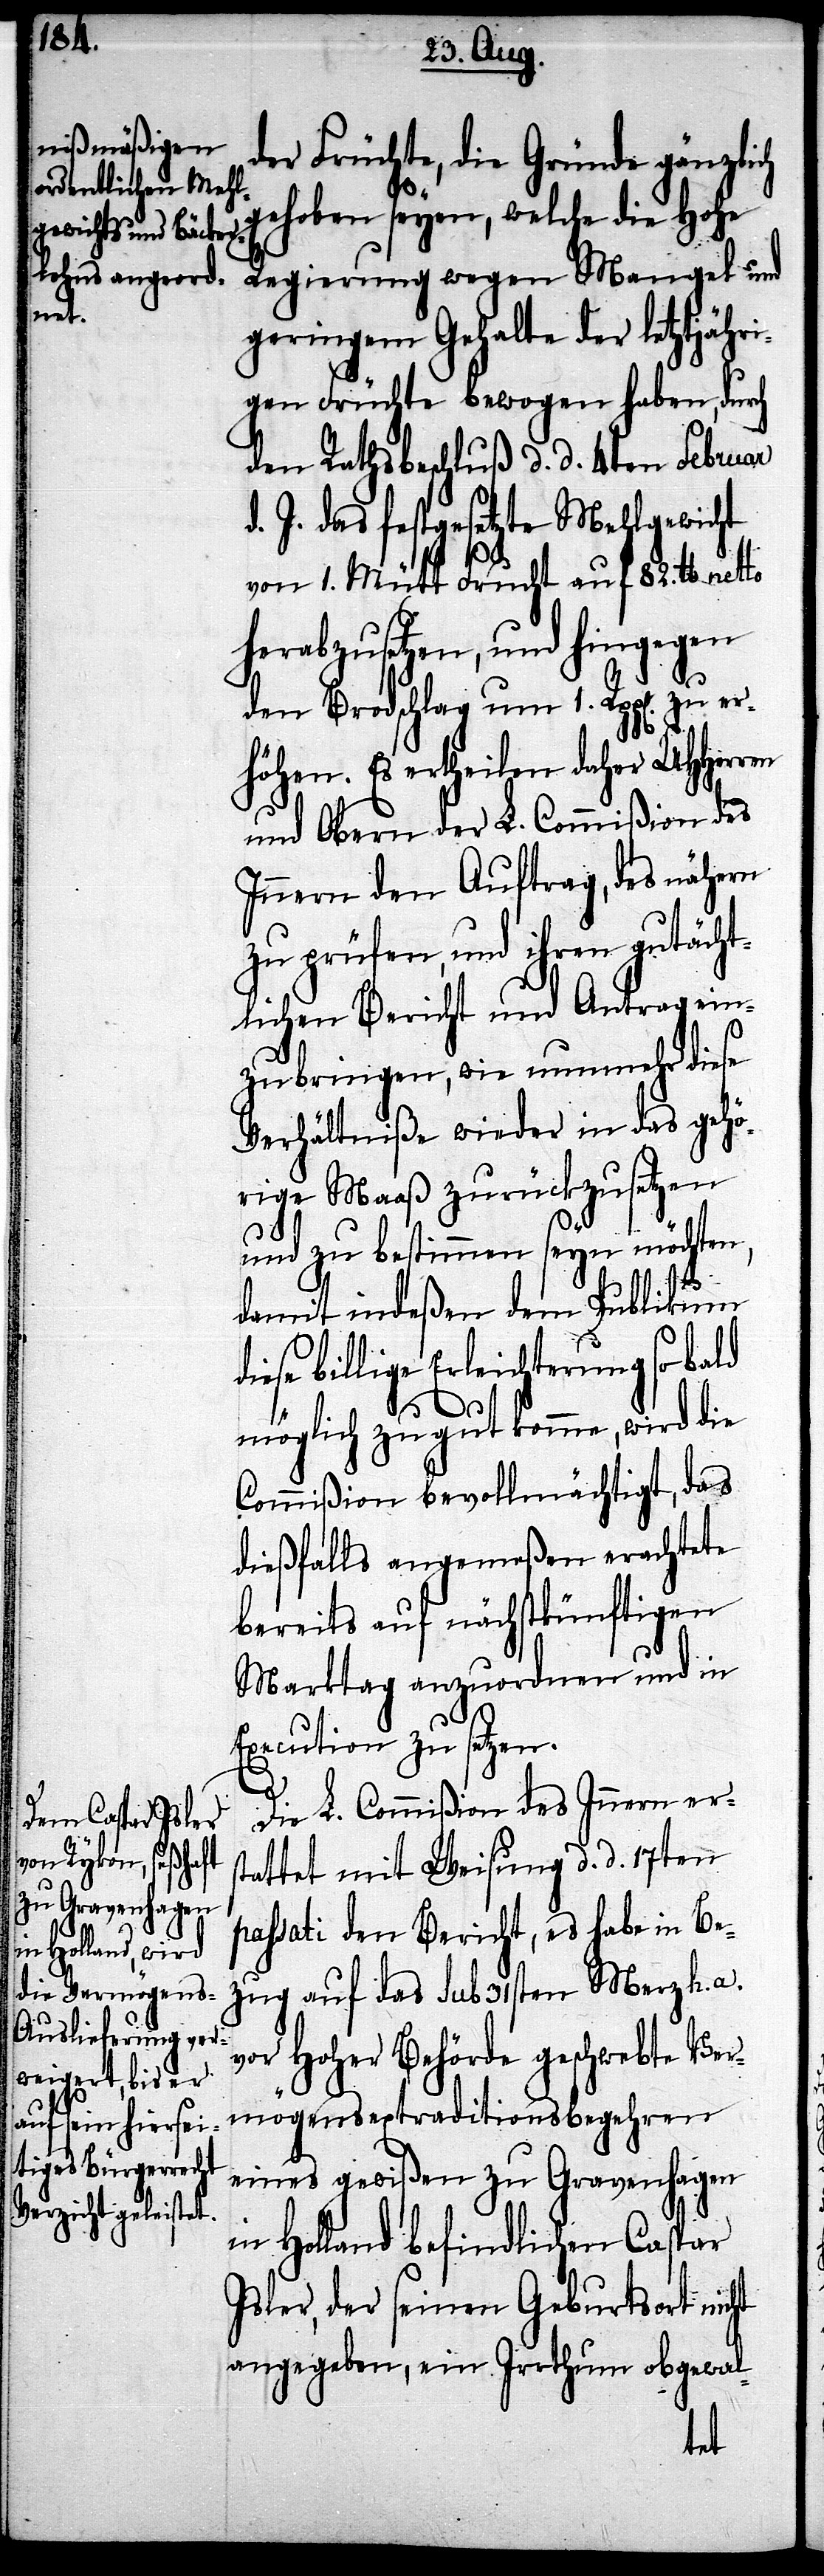
ren

der Früchte, die Gründe gänzlich
gehoben seyen, welche die Hohe
Regierung wegen Mangel und
geringem Gehalte der letztjähr¬
igen Früchte bewogen haben, durch
den Rathsbeschluß d. d. 4ten Februar
J. das festgesetzte Mehlgewicht
von 1. Mütt Frucht auf 82. lb. netto
herabzusetzen, und hingegen
den Brodschlag um 1. Rpp[en]. zu er¬
Es ertheilen daher UHHer¬
und Obern der L. Commißion des
Innern den Auftrag, des nähern
zu prüfen, und ihren gutächt¬
lichen Bericht und Antrag ein¬
zubringen, wie nunmehr diese
Verhältniße wieder in das gehö¬
rige Maaß zurückzusetzen
und zu bestimmen seyn möchten,
d.
damit indeßen dem Publikum
diese billige Erleichterung so bald
möglich zu gut komme, wird die
Commißion bevollmächtigt, das
dießfalls angemeßen erachtete
bereits auf nächstkünftigen
Markttag anzuordnen und in
Execution zu setzen.
Die L. Commißion des Innern ers¬
tattet mit Weisung d. d. 17ten
passati den Bericht, es habe in Be¬
zug auf das sub 31sten Merz h. a.
vor hoher Behörde geschwebte Ver¬
mögensextraditionsbegehren
eines gewißen zu Gravenhagen
in Holland befindlichen Caspar
Isler, der seinen Geburtsort nicht
angegeben, ein Irrthum obgewal-